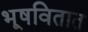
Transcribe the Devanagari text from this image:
भूषवितात